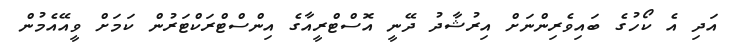
އަދި އެ ކޯހުގެ ބައިވެރިންނަށް އިރުޝާދު ދޭނީ އޮސްޓްރީއާގެ އިންސްޓްރަކްޓަރުން ކަމަށް ވީއޭއެމުން